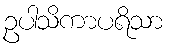
ဥပါသိကာပရိသာ